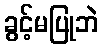
ခွင့်မပြုဘဲ